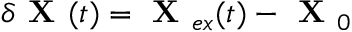
\delta \textbf { X } ( t ) = \textbf { X } _ { e x } ( t ) - \textbf { X } _ { 0 }